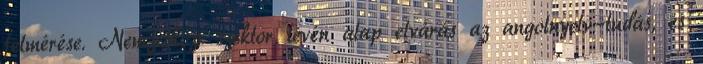
felmérése. Nemzetközi szektor lévén alap elvárás az angolnyelv-tudás, és